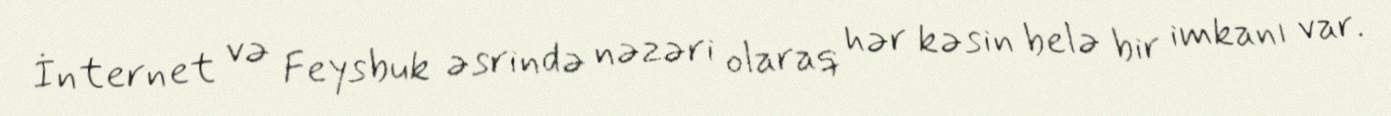
İnternet və Feysbuk əsrində nəzəri olaraq hər kəsin belə bir imkanı var.